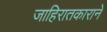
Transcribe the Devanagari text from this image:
जाहिरातकाराने